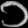
Digit: ၁